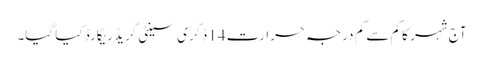
آج شہر کا کم سے کم درجہ حرارت 14 ڈگری سینٹی گریڈ ریکارڈ کیا گیا۔